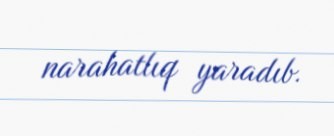
narahatlıq yaradıb.